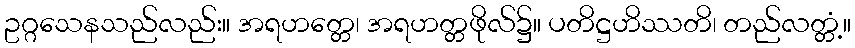
ဥဂ္ဂသေနသည်လည်း။ အရဟတ္တေ၊ အရဟတ္တဖိုလ်၌။ ပတိဋ္ဌဟိဿတိ၊ တည်လတ္တံ့။